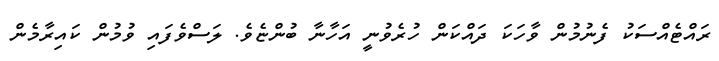
ރައްޓެއްސަކު ފެނުމުން ވާހަަކަ ދައްކަން ހުރެވުނީ އަހާނާ ބުންޏެވެ. ލަސްވެފައި ވުމުން ކައިރާމެން